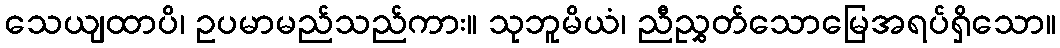
သေယျထာပိ၊ ဥပမာမည်သည်ကား။ သုဘူမိယံ၊ ညီညွှတ်သောမြေအရပ်ရှိသော။